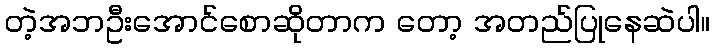
တဲ့အဘဦးအောင်စောဆိုတာက တော့ အတည်ပြုနေဆဲပါ။